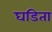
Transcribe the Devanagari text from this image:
घडिता